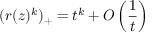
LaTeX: ( r ( z ) ^ { k } ) _ { + } = t ^ { k } + O \left( \frac 1 t \right)